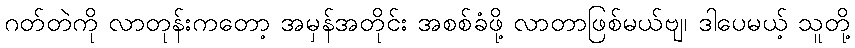
ဂတ်တဲကို လာတုန်းကတော့ အမှန်အတိုင်း အစစ်ခံဖို့ လာတာဖြစ်မယ်ဗျ၊ ဒါပေမယ့် သူတို့